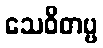
သေဝိတဗ္ဗ